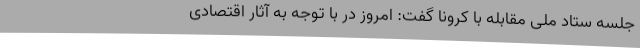
جلسه ستاد ملی مقابله با کرونا گفت: امروز در با توجه به آثار اقتصادی